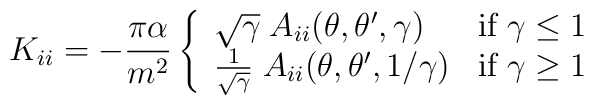
K_{ii}=-\frac{\pi\alpha}{m^2}\left\{\begin{array}{ll}\sqrt{\gamma}      \;A_{ii}(\theta,\theta',\gamma)   & \mbox{if $\gamma\leq 1$}\\{1\over\sqrt\gamma}\;A_{ii}(\theta,\theta',1/\gamma) & \mbox{if $\gamma\geq 1$}\end{array}\right.